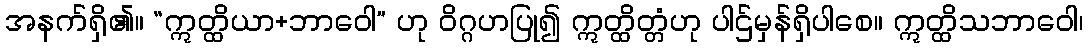
အနက်ရှိ၏။ “ဣတ္ထိယာ+ဘာဝေါ” ဟု ဝိဂ္ဂဟပြု၍ ဣတ္ထိတ္တံဟု ပါဌ်မှန်ရှိပါစေ။ ဣတ္ထိသဘာဝေါ၊